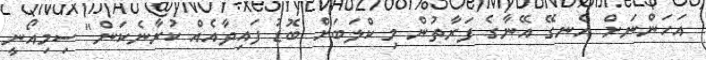
އަހަންނަށް އެނގޭ އޭނާގެ ފަރާތުން މި ކްލަބަށް ބޮޑު ފައިދާއެއް ކުރާނެކަން" ސިމިއޯނީ